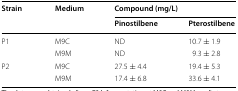
<table><thead><tr><td rowspan="2"><b>Strain</b></td><td rowspan="2"><b>Medium</b></td><td colspan="2"><b>Compound (mg/L)</b></td></tr><tr><td><b>Pinostilbene</b></td><td><b>Pterostilbene</b></td></tr></thead><tbody><tr><td rowspan="2">P1</td><td>M9C</td><td>ND</td><td>10.7 ± 1.9</td></tr><tr><td>M9M</td><td>ND</td><td>9.3 ± 2.8</td></tr><tr><td rowspan="2">P2</td><td>M9C</td><td>27.5 ± 4.4</td><td>19.4 ± 5.3</td></tr><tr><td>M9M</td><td>17.4 ± 6.8</td><td>33.6 ± 4.1</td></tr></tbody></table>